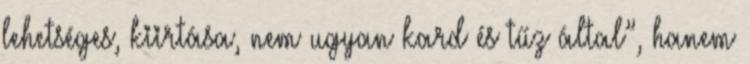
lehetséges, kiirtása, nem ugyan kard és tűz által”, hanem